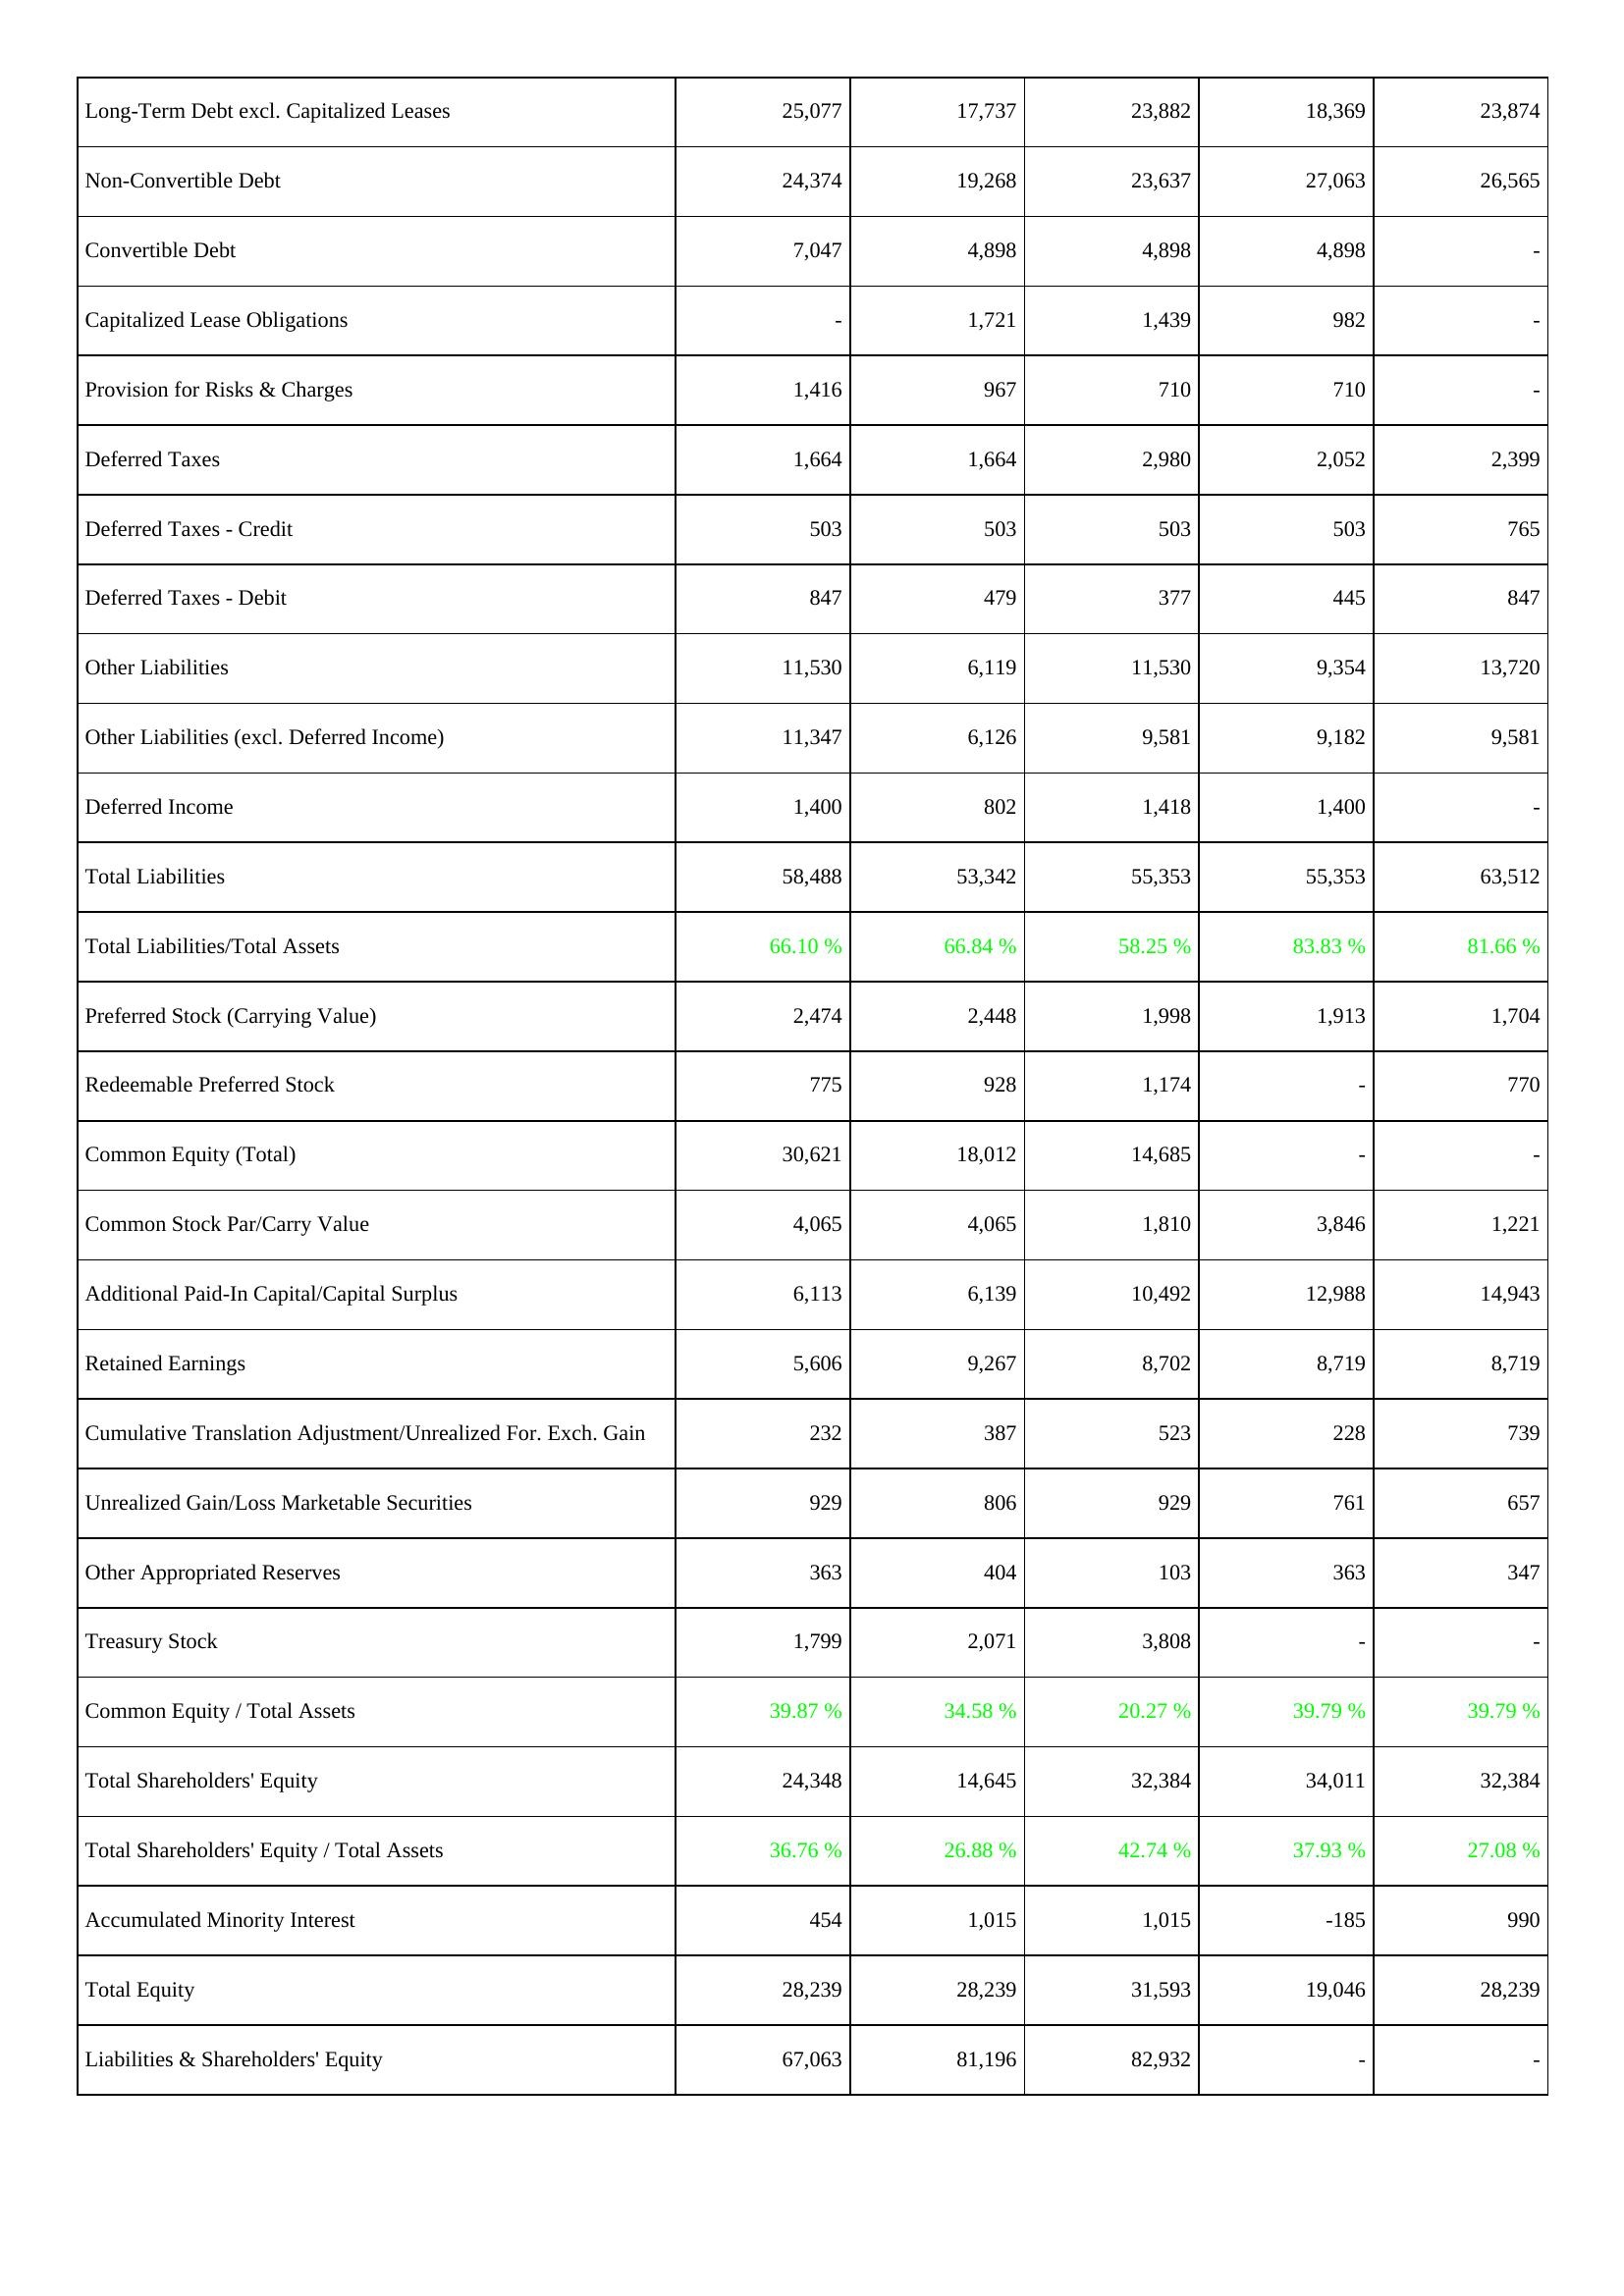
2011: Liabilities & Shareholders' Equity: Long-Term Debt excl. Capitalized Leases: 25,077
Non-Convertible Debt: 24,374
Convertible Debt: 7,047
Capitalized Lease Obligations: -
Provision for Risks & Charges: 1,416
Deferred Taxes: 1,664
Deferred Taxes - Credit: 503
Deferred Taxes - Debit: 847
Other Liabilities: 11,530
Other Liabilities (excl. Deferred Income): 11,347
Deferred Income: 1,400
Total Liabilities: 58,488
Total Liabilities/Total Assets: 66.10 %
Preferred Stock (Carrying Value): 2,474
Redeemable Preferred Stock: 775
Common Equity (Total): 30,621
Common Stock Par/Carry Value: 4,065
Additional Paid-In Capital/Capital Surplus: 6,113
Retained Earnings: 5,606
Cumulative Translation Adjustment/Unrealized For. Exch. Gain: 232
Unrealized Gain/Loss Marketable Securities: 929
Other Appropriated Reserves: 363
Treasury Stock: 1,799
Common Equity / Total Assets: 39.87 %
Total Shareholders' Equity: 24,348
Total Shareholders' Equity / Total Assets: 36.76 %
Accumulated Minority Interest: 454
Total Equity: 28,239
Liabilities & Shareholders' Equity: 67,063
2012: Liabilities & Shareholders' Equity: Long-Term Debt excl. Capitalized Leases: 17,737
Non-Convertible Debt: 19,268
Convertible Debt: 4,898
Capitalized Lease Obligations: 1,721
Provision for Risks & Charges: 967
Deferred Taxes: 1,664
Deferred Taxes - Credit: 503
Deferred Taxes - Debit: 479
Other Liabilities: 6,119
Other Liabilities (excl. Deferred Income): 6,126
Deferred Income: 802
Total Liabilities: 53,342
Total Liabilities/Total Assets: 66.84 %
Preferred Stock (Carrying Value): 2,448
Redeemable Preferred Stock: 928
Common Equity (Total): 18,012
Common Stock Par/Carry Value: 4,065
Additional Paid-In Capital/Capital Surplus: 6,139
Retained Earnings: 9,267
Cumulative Translation Adjustment/Unrealized For. Exch. Gain: 387
Unrealized Gain/Loss Marketable Securities: 806
Other Appropriated Reserves: 404
Treasury Stock: 2,071
Common Equity / Total Assets: 34.58 %
Total Shareholders' Equity: 14,645
Total Shareholders' Equity / Total Assets: 26.88 %
Accumulated Minority Interest: 1,015
Total Equity: 28,239
Liabilities & Shareholders' Equity: 81,196
2013: Liabilities & Shareholders' Equity: Long-Term Debt excl. Capitalized Leases: 23,882
Non-Convertible Debt: 23,637
Convertible Debt: 4,898
Capitalized Lease Obligations: 1,439
Provision for Risks & Charges: 710
Deferred Taxes: 2,980
Deferred Taxes - Credit: 503
Deferred Taxes - Debit: 377
Other Liabilities: 11,530
Other Liabilities (excl. Deferred Income): 9,581
Deferred Income: 1,418
Total Liabilities: 55,353
Total Liabilities/Total Assets: 58.25 %
Preferred Stock (Carrying Value): 1,998
Redeemable Preferred Stock: 1,174
Common Equity (Total): 14,685
Common Stock Par/Carry Value: 1,810
Additional Paid-In Capital/Capital Surplus: 10,492
Retained Earnings: 8,702
Cumulative Translation Adjustment/Unrealized For. Exch. Gain: 523
Unrealized Gain/Loss Marketable Securities: 929
Other Appropriated Reserves: 103
Treasury Stock: 3,808
Common Equity / Total Assets: 20.27 %
Total Shareholders' Equity: 32,384
Total Shareholders' Equity / Total Assets: 42.74 %
Accumulated Minority Interest: 1,015
Total Equity: 31,593
Liabilities & Shareholders' Equity: 82,932
2014: Liabilities & Shareholders' Equity: Long-Term Debt excl. Capitalized Leases: 18,369
Non-Convertible Debt: 27,063
Convertible Debt: 4,898
Capitalized Lease Obligations: 982
Provision for Risks & Charges: 710
Deferred Taxes: 2,052
Deferred Taxes - Credit: 503
Deferred Taxes - Debit: 445
Other Liabilities: 9,354
Other Liabilities (excl. Deferred Income): 9,182
Deferred Income: 1,400
Total Liabilities: 55,353
Total Liabilities/Total Assets: 83.83 %
Preferred Stock (Carrying Value): 1,913
Redeemable Preferred Stock: -
Common Equity (Total): -
Common Stock Par/Carry Value: 3,846
Additional Paid-In Capital/Capital Surplus: 12,988
Retained Earnings: 8,719
Cumulative Translation Adjustment/Unrealized For. Exch. Gain: 228
Unrealized Gain/Loss Marketable Securities: 761
Other Appropriated Reserves: 363
Treasury Stock: -
Common Equity / Total Assets: 39.79 %
Total Shareholders' Equity: 34,011
Total Shareholders' Equity / Total Assets: 37.93 %
Accumulated Minority Interest: -185
Total Equity: 19,046
Liabilities & Shareholders' Equity: -
2015: Liabilities & Shareholders' Equity: Long-Term Debt excl. Capitalized Leases: 23,874
Non-Convertible Debt: 26,565
Convertible Debt: -
Capitalized Lease Obligations: -
Provision for Risks & Charges: -
Deferred Taxes: 2,399
Deferred Taxes - Credit: 765
Deferred Taxes - Debit: 847
Other Liabilities: 13,720
Other Liabilities (excl. Deferred Income): 9,581
Deferred Income: -
Total Liabilities: 63,512
Total Liabilities/Total Assets: 81.66 %
Preferred Stock (Carrying Value): 1,704
Redeemable Preferred Stock: 770
Common Equity (Total): -
Common Stock Par/Carry Value: 1,221
Additional Paid-In Capital/Capital Surplus: 14,943
Retained Earnings: 8,719
Cumulative Translation Adjustment/Unrealized For. Exch. Gain: 739
Unrealized Gain/Loss Marketable Securities: 657
Other Appropriated Reserves: 347
Treasury Stock: -
Common Equity / Total Assets: 39.79 %
Total Shareholders' Equity: 32,384
Total Shareholders' Equity / Total Assets: 27.08 %
Accumulated Minority Interest: 990
Total Equity: 28,239
Liabilities & Shareholders' Equity: -